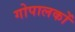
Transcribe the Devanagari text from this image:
गोपालकों